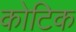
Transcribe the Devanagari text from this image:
कोटिक